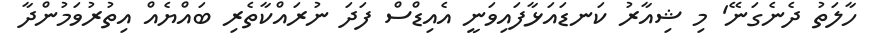
ހާލަތު ދެނެގަނޭ' މި ޝިއާރު ކަނޑައަޅާފައިވަނީ އެއިޑްސް ފަދަ ނުރައްކާތެރި ބައްޔެއް އިތުރުވަމުންދާ